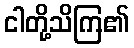
ငါတို့သိကြ၏